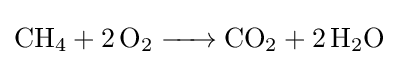
{\ce {CH4 + 2 O2 -> CO2 + 2 H2O}}